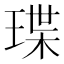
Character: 㻡